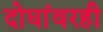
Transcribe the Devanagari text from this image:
दोघांवरही